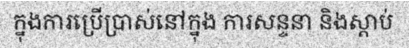
ក្នុងការប្រើប្រាស់នៅក្នុង ការសន្ទនា និងស្តាប់